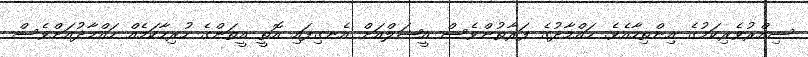
ސިއްރުވެރިކަމުގެ އިންތިހާއެވެ. ހައްމާދުގެ ފަރާތުންވެސް އީޝަލްއަށް އެނގިފައި އޮތީ އީތަންގެ ހުރިހާކަމެއް ހައްމާދުއަށްވެސް